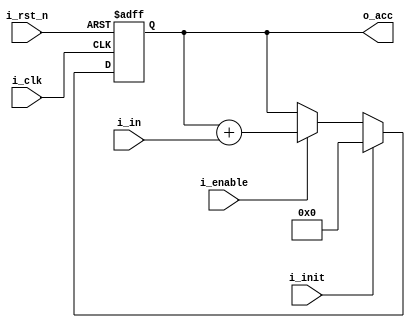
module acc_8bit (
    input   wire            i_clk,
    input   wire            i_rst_n,
    input   wire            i_enable,
    input   wire            i_init,
    input   wire    [7:0]   i_in,
    output  reg     [15:0]  o_acc
);

always @(posedge i_clk or negedge i_rst_n) begin
    if (~i_rst_n)
        o_acc <= 0;
    else begin
        if (i_init)
            o_acc <= 0;
        else if (i_enable)
            o_acc <= o_acc + i_in;
    end
end

endmodule